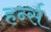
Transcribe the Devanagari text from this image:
हर्न्स